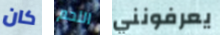
كان اللحم يعرفونني